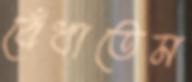
বেঁধাতেম